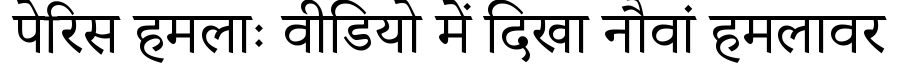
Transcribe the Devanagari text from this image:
पेरिस हमलाः वीडियो में दिखा नौवां हमलावर